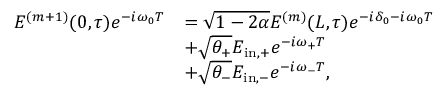
\begin{array} { r l } { E ^ { ( m + 1 ) } ( 0 , \tau ) e ^ { - i \omega _ { 0 } T } } & { = \sqrt { 1 - 2 \alpha } E ^ { ( m ) } ( L , \tau ) e ^ { - i \delta _ { 0 } - i \omega _ { 0 } T } } \\ & { + \sqrt { \theta _ { + } } E _ { \mathrm { i n , + } } e ^ { - i \omega _ { + } T } } \\ & { + \sqrt { \theta _ { - } } E _ { \mathrm { i n , - } } e ^ { - i \omega _ { - } T } , } \end{array}